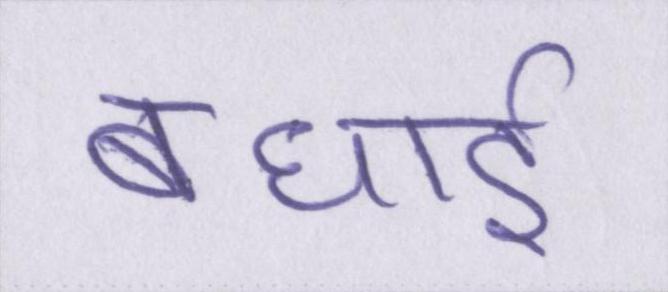
बधाई